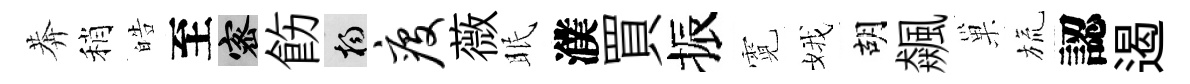
莾稍皓至密飭楊疫薇眠濮買振霓娥胡飆巢旒認遏